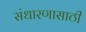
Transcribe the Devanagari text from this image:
संधारणासाठी